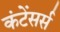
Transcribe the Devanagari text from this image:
कंटेंसर्स